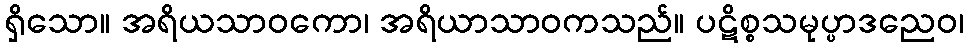
ရှိသော။ အရိယသာဝကော၊ အရိယာသာဝကသည်။ ပဋိစ္စသမုပ္ပာဒညေဝ၊